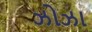
ઝોઝા